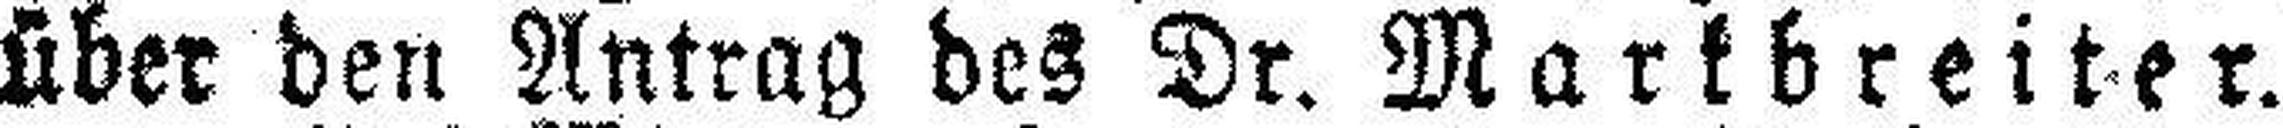
über den Antrag des Dr. Markbreiter.